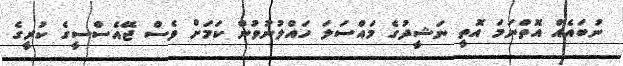
ނުބައެއް އޮތްނަމަ އޮތީ ނަޝީދުގެ މައްސަލަ ހައްލުނުވުން ކަމަށް ވެސް ޖޭއެސްސީގެ ކުރީގެ